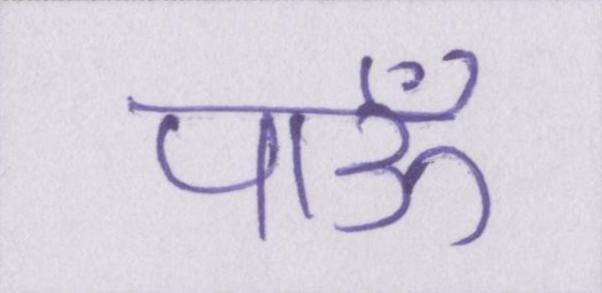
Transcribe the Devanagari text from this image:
पाऊँ